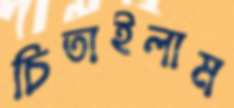
চিতাইলাম